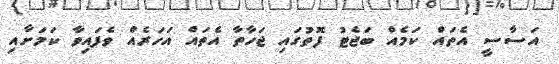
އަސާސީ އެތައް ކަމެއް ބަޖެޓު ފޮތުގައި ޖަހާތާ އެތައް އަހަރެއް ވެފައިވާ ކަަމަށާއި